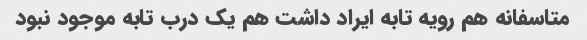
متاسفانه هم رویه تابه ایراد داشت هم یک درب تابه موجود نبود